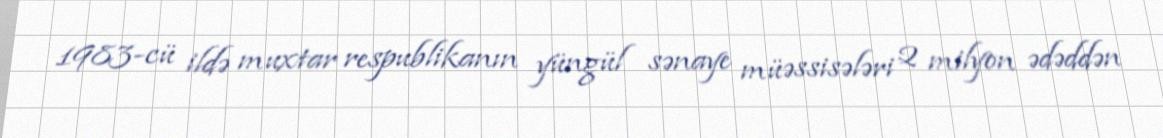
1983-cü ildə muxtar respublikanın yüngül sənaye müəssisələri 2 milyon ədəddən